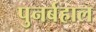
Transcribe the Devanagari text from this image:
पुनर्बहाल